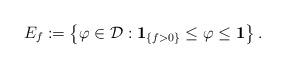
LaTeX: \begin{align*}E_f:=\left\lbrace \varphi\in\mathcal{D}: \mathbf{1}_{\left\lbrace f>0\right\rbrace}\leq \varphi\leq \mathbf{1}\right\rbrace.\end{align*}